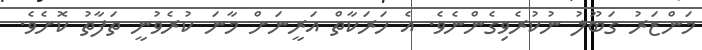
މަންޒަރު ގަބޫލު ނުކުރެވިގެންނެވެ. އެ ހަރަކާތް އަރީނަށް މާނަ ކުރެވުނީ ތަފާތު ކޮށެވެ.